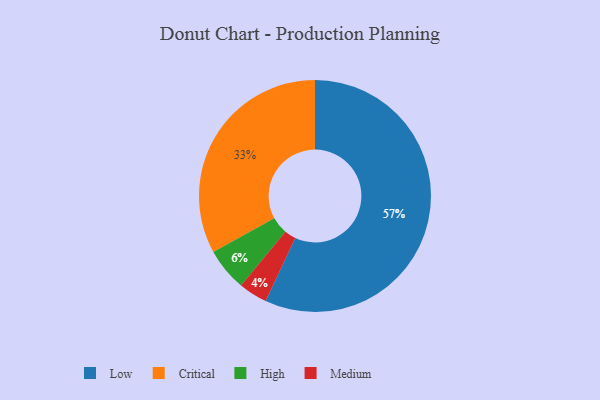
{"axis": {"x": "Category", "y": "Percentage"}, "legend": ["Critical", "High", "Low", "Medium"], "data": [{"x": "Low", "y": 57, "type": "Low"}, {"x": "Medium", "y": 4, "type": "Medium"}, {"x": "High", "y": 6, "type": "High"}, {"x": "Critical", "y": 33, "type": "Critical"}]}